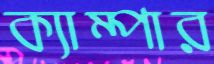
ক্যাম্পার